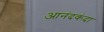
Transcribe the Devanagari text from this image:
आनंदकंदा